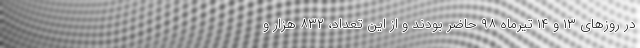
در روزهای ۱۳ و ۱۴ تیرماه ۹۸ حاضر بودند و از این تعداد، ۸۳۲ هزار و